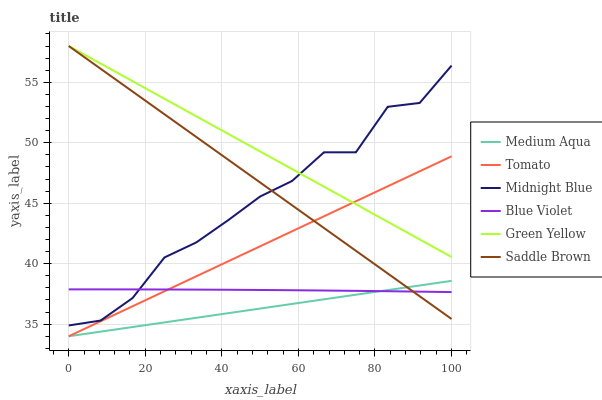
| xaxis_label | Medium Aqua | Tomato | Midnight Blue | Blue Violet | Green Yellow | Saddle Brown |
 | --- | --- | --- | --- | --- | --- | --- |
 | 0 | 34 | 34 | 34.9 | 37.9 | 58 | 58 |
 | 8.33 | 34.4 | 35.2 | 35.3 | 37.9 | 56.5 | 56.1 |
 | 16.7 | 34.8 | 36.5 | 37.2 | 37.9 | 55.1 | 54.2 |
 | 25 | 35.1 | 37.7 | 40.5 | 37.9 | 53.6 | 52.4 |
 | 33.3 | 35.5 | 39 | 41.8 | 37.9 | 52.2 | 50.5 |
 | 41.7 | 35.9 | 40.2 | 43.6 | 37.8 | 50.7 | 48.6 |
 | 50 | 36.3 | 41.4 | 45.6 | 37.8 | 49.3 | 46.7 |
 | 58.3 | 36.7 | 42.7 | 46.8 | 37.8 | 47.8 | 44.8 |
 | 66.7 | 37.1 | 43.9 | 49.2 | 37.8 | 46.4 | 43 |
 | 75 | 37.4 | 45.2 | 49.2 | 37.8 | 44.9 | 41.1 |
 | 83.3 | 37.8 | 46.4 | 53 | 37.7 | 43.5 | 39.2 |
 | 91.7 | 38.2 | 47.6 | 53.3 | 37.7 | 42 | 37.3 |
 | 100 | 38.6 | 48.9 | 56.4 | 37.7 | 40.6 | 35.4 |